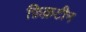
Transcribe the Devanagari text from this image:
फ़िक्रटीन